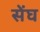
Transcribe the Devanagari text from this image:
सेंघ